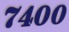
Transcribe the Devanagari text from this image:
७४००